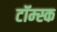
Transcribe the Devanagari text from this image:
टॉम्स्क